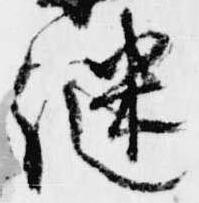
継